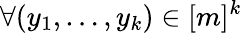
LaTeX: \forall(y_{1},\dots,y_{k})\in[m]^{k}